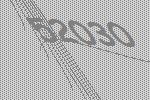
52030